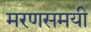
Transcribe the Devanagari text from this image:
मरणसमयी